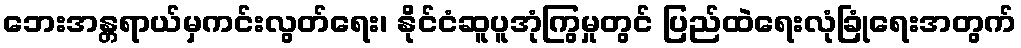
ဘေးအန္တရာယ်မှကင်းလွတ်ရေး၊ နိုင်ငံဆူပူအုံကြွမှုတွင် ပြည်ထဲရေးလုံခြုံရေးအတွက်